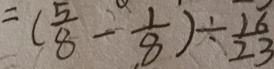
= ( \frac { 5 } { 8 } - \frac { 1 } { 8 } ) \div \frac { 1 6 } { 2 3 }